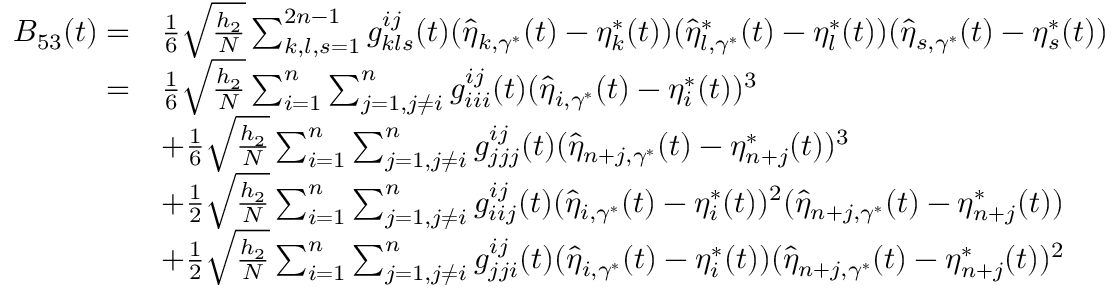
\begin{array} { r l } { B _ { 5 3 } ( t ) = } & { \frac { 1 } { 6 } \sqrt { \frac { h _ { 2 } } { N } } \sum _ { k , l , s = 1 } ^ { 2 n - 1 } g _ { k l s } ^ { i j } ( t ) ( \widehat { \eta } _ { k , \gamma ^ { * } } ( t ) - \eta _ { k } ^ { * } ( t ) ) ( \widehat { \eta } _ { l , \gamma ^ { * } } ^ { * } ( t ) - \eta _ { l } ^ { * } ( t ) ) ( \widehat { \eta } _ { s , \gamma ^ { * } } ( t ) - \eta _ { s } ^ { * } ( t ) ) } \\ { = } & { \frac { 1 } { 6 } \sqrt { \frac { h _ { 2 } } { N } } \sum _ { i = 1 } ^ { n } \sum _ { j = 1 , j \neq i } ^ { n } g _ { i i i } ^ { i j } ( t ) ( \widehat { \eta } _ { i , \gamma ^ { * } } ( t ) - \eta _ { i } ^ { * } ( t ) ) ^ { 3 } } \\ & { + \frac { 1 } { 6 } \sqrt { \frac { h _ { 2 } } { N } } \sum _ { i = 1 } ^ { n } \sum _ { j = 1 , j \neq i } ^ { n } g _ { j j j } ^ { i j } ( t ) ( \widehat { \eta } _ { n + j , \gamma ^ { * } } ( t ) - \eta _ { n + j } ^ { * } ( t ) ) ^ { 3 } } \\ & { + \frac { 1 } { 2 } \sqrt { \frac { h _ { 2 } } { N } } \sum _ { i = 1 } ^ { n } \sum _ { j = 1 , j \neq i } ^ { n } g _ { i i j } ^ { i j } ( t ) ( \widehat { \eta } _ { i , \gamma ^ { * } } ( t ) - \eta _ { i } ^ { * } ( t ) ) ^ { 2 } ( \widehat { \eta } _ { n + j , \gamma ^ { * } } ( t ) - \eta _ { n + j } ^ { * } ( t ) ) } \\ & { + \frac { 1 } { 2 } \sqrt { \frac { h _ { 2 } } { N } } \sum _ { i = 1 } ^ { n } \sum _ { j = 1 , j \neq i } ^ { n } g _ { j j i } ^ { i j } ( t ) ( \widehat { \eta } _ { i , \gamma ^ { * } } ( t ) - \eta _ { i } ^ { * } ( t ) ) ( \widehat { \eta } _ { n + j , \gamma ^ { * } } ( t ) - \eta _ { n + j } ^ { * } ( t ) ) ^ { 2 } } \end{array}